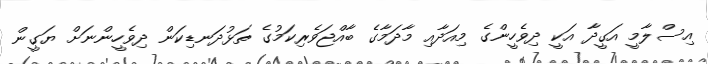
އިސްލާމީ އަގީދާ އަކީ ދިވެހީންގެ މިއަދާއި މާދަމާގެ ބާއްޖަވެރިކަމުގެ ތަޅުދަނޑިކަން ދިވެހީންނަށް ޔަގީން